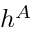
h ^ { A }